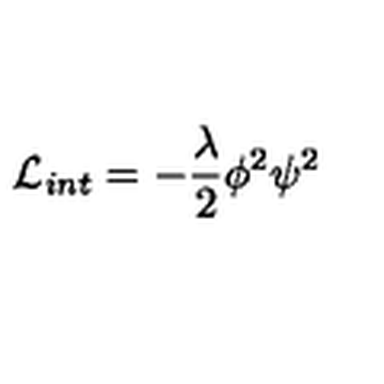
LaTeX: { \cal L } _ { i n t } = - \frac { \lambda } { 2 } { \phi } ^ { 2 } { \psi } ^ { 2 }